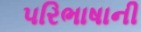
પરિભાષાની